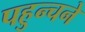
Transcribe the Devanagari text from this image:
पहुन्चने